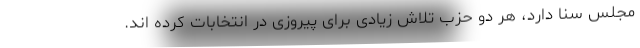
مجلس سنا دارد، هر دو حزب تلاش زیادی برای پیروزی در انتخابات کرده اند.